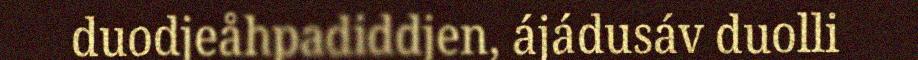
duodjeåhpadiddjen, ájádusáv duolli